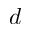
d